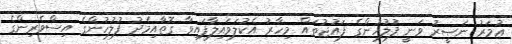
ޢުމަރު ނަޞީރު ވަނީ ފުލުހުންގެ ފައުޖުތައް މިހާރު އެކުލަވައިލާފައިވާ ގޮތާއިމެދު ފުލުހުންގެ އިސްވެރިންގެ